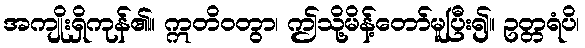
အကျိုးရှိကုန်၏။ ဣတိဝတွာ၊ ဤသို့မိန့်တော်မူပြီး၍။ ဥတ္တရံပိ၊